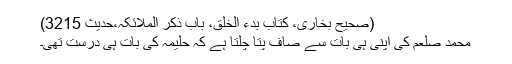
(صحیح بخاری، کتاب بدء الخلق، باب ذکر الملائکہ،حدیث 3215)
محمد صلعم کی اپنی ہی بات سے صاف پتا چلتا ہے کہ حلیمہ کی بات ہی درست تھی۔